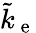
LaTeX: \tilde{k}_{\mathrm{~e~}}